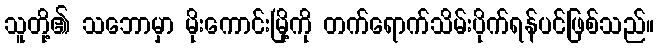
သူတို့၏ သဘောမှာ မိုးကောင်းမြို့ကို တက်ရောက်သိမ်းပိုက်ရန်ပင်ဖြစ်သည်။